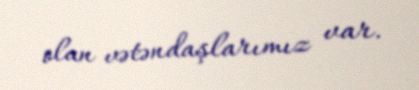
olan vətəndaşlarımız var.